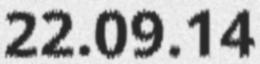
22.09.14